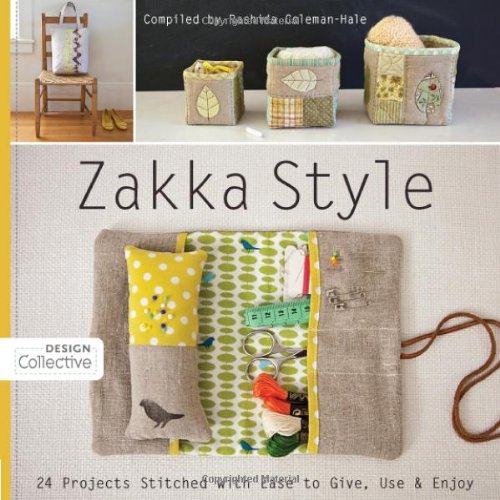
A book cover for Zakka Style: 24 Projects Stitched with Ease to Give, Use & Enjoy (Design Collective); Rashida Coleman-Hale; Crafts, Hobbies & Home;